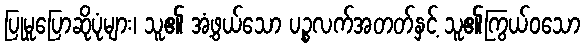
ပြုမူပြောဆိုပုံများ၊ သူ၏ အံ့ဖွယ်သော ပဉ္စလက်အတတ်နှင့် သူ၏ကြွယ်ဝသော